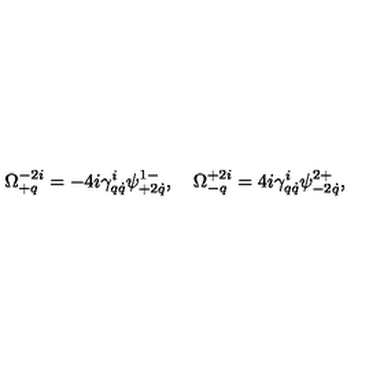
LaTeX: \Omega _ { + q } ^ { - 2 i } = - 4 i \gamma _ { q \dot { q } } ^ { i } \psi _ { + 2 \dot { q } } ^ { 1 - } , \quad \Omega _ { - q } ^ { + 2 i } = 4 i \gamma _ { q \dot { q } } ^ { i } \psi _ { - 2 \dot { q } } ^ { 2 + } ,